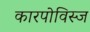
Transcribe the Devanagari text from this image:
कारपोविस्ज